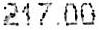
217.00